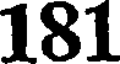
181